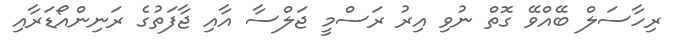
ރިހާސަލް ބޭއްވޭ ގޮތް ނުވި އިރު ރަސްމީ ޖަލްސާ އާއި ޖާފަތުގެ ރަނިންއޯޑަރާއި